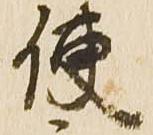
使